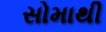
સોમાથી